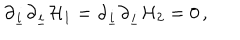
LaTeX: \partial _ { \underline { { { i } } } } \partial _ { \underline { { { i } } } } { \cal H } _ { 1 } = \partial _ { \underline { { { i } } } } \partial _ { \underline { { { i } } } } { \cal H } _ { 2 } = 0 \, ,